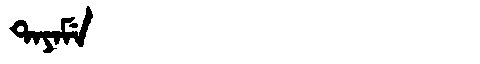
Manchu: ᡨᠠᠶᠠᠮᡝ
Romanization: TAYAME